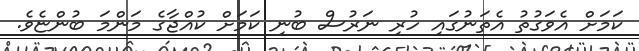
ކަމަށް އެވަގުތު އެތަނުގައި ހުރި ނަރުސް ބުނި ކަމަށް ކުއްޖާގެ މަންމަ ބުންޏެވެ.